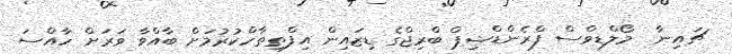
ޗައިނާ  މޯލްޑިވްސް ފްރެންޑްޝިޕް ބްރިޖްގެ ޑިޒައިން އިފްތިތާހްކުރުމަށް ބާއްވާ ވަރަށް ހާއްސަ